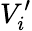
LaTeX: V_{i}^{\prime}